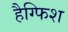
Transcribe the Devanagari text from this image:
हैग्फिश